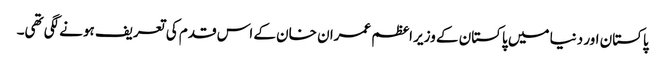
پاکستان اور دنیا میں پاکستان کے وزیر اعظم عمران خان کے اس قدم کی تعریف ہونے لگی تھی۔